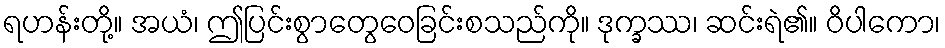
ရဟန်းတို့။ အယံ၊ ဤပြင်းစွာတွေဝေခြင်းစသည်ကို။ ဒုက္ခဿ၊ ဆင်းရဲ၏။ ဝိပါကော၊